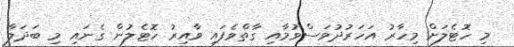
މި ހޮޓެލަށް މިހާރު އަހަރުދުވަސްވުމާއި ގާތްވެފައި ވާއިރު ހޮޓެލުން ގެނައި މި ބަދަލާ